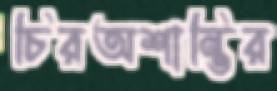
চিরঅশান্তির